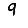
Digit: 9